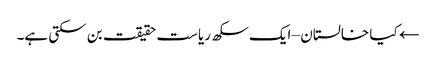
← کیا خالستان – ایک سکھ ریاست حقیقت بن سکتی ہے۔